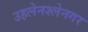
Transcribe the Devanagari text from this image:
उहलेनश्लेनगर